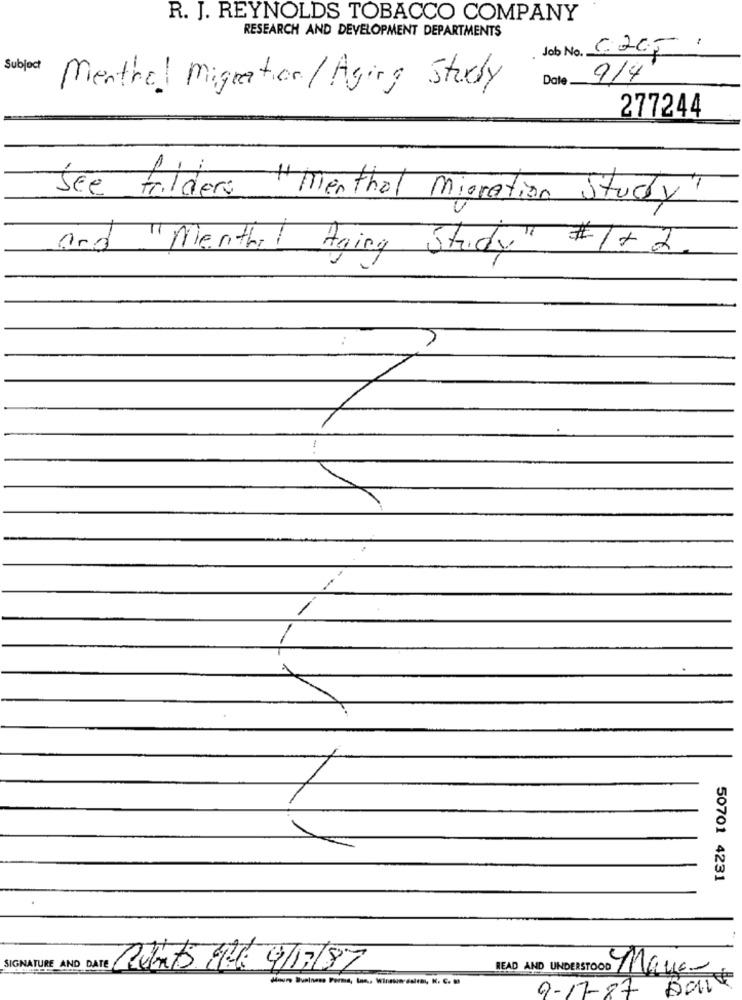
R. J. REYNOLDS TOBACCO COMPANY
RESEARCH AND DEVELOPMENT DEPARTMENTS
Job No. C.2051
Subject
Date
9/4
Menthol Migration/ Aging Study
277244
See folders "Menthol Migration Study"
and "Menth Aging Study" #1+ 2
50701 4231
Cuento Ml: 4/17/87
Houre Business Forma, ton ., Winston dalton, N. C. M
READ AND UNDERSTOOD Make-
9-17-87 Bart